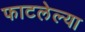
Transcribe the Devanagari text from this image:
फाटलेल्या